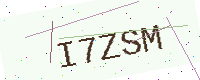
Text: I7ZSM